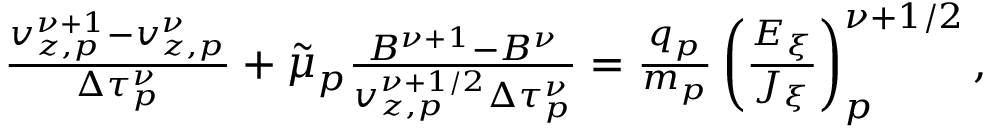
\begin{array} { r } { \frac { v _ { z , p } ^ { \nu + 1 } - v _ { z , p } ^ { \nu } } { \Delta \tau _ { p } ^ { \nu } } + \Tilde { \mu } _ { p } \frac { B ^ { \nu + 1 } - B ^ { \nu } } { v _ { z , p } ^ { \nu + 1 / 2 } \Delta \tau _ { p } ^ { \nu } } = \frac { q _ { p } } { m _ { p } } \left( \frac { E _ { \xi } } { J _ { \xi } } \right) _ { p } ^ { \nu + 1 / 2 } , } \end{array}